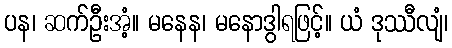
ပန၊ ဆက်ဦးအံ့။ မနေန၊ မနောဒွါရဖြင့်။ ယံ ဒုဿီလျံ၊